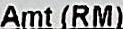
AMT(RM)